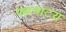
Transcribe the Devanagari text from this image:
पथनाटय